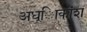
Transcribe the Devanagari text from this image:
अध्ािकांश